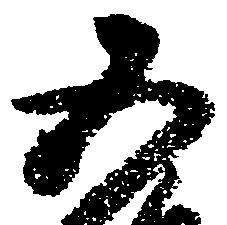
五